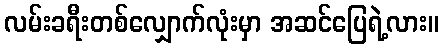
လမ်းခရီးတစ်လျှောက်လုံးမှာ အဆင်ပြေရဲ့လား။